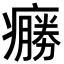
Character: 𤺩